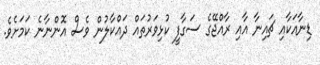
ޑިނާއަކާއި ޗައިނާ އާއި ރާއްޖޭގެ ސަގާފީ ކުޅިވަރުތައް ދައްކާލުން ވެސް އޮންނާނެ ކަމަށެވެ.